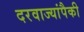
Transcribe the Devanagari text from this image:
दरवाज्यांपैकी